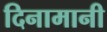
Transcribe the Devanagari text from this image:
दिनामानी